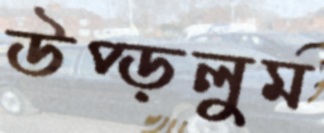
উপ্‌ড়লুম